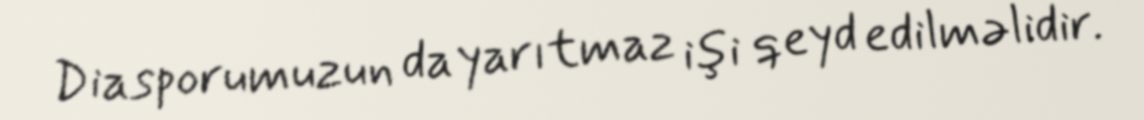
Diasporumuzun da yarıtmaz işi qeyd edilməlidir.